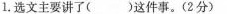
1.选文主要讲了( )这件事。( 2 分 )